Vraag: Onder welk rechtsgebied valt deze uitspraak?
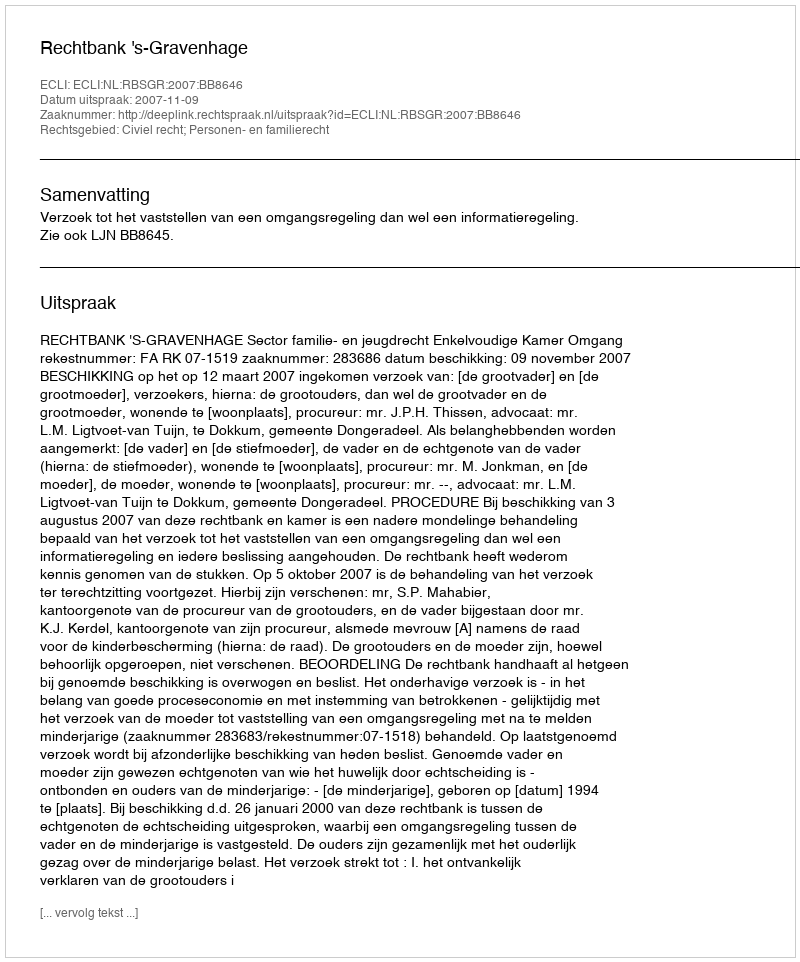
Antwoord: Civiel recht; Personen- en familierecht